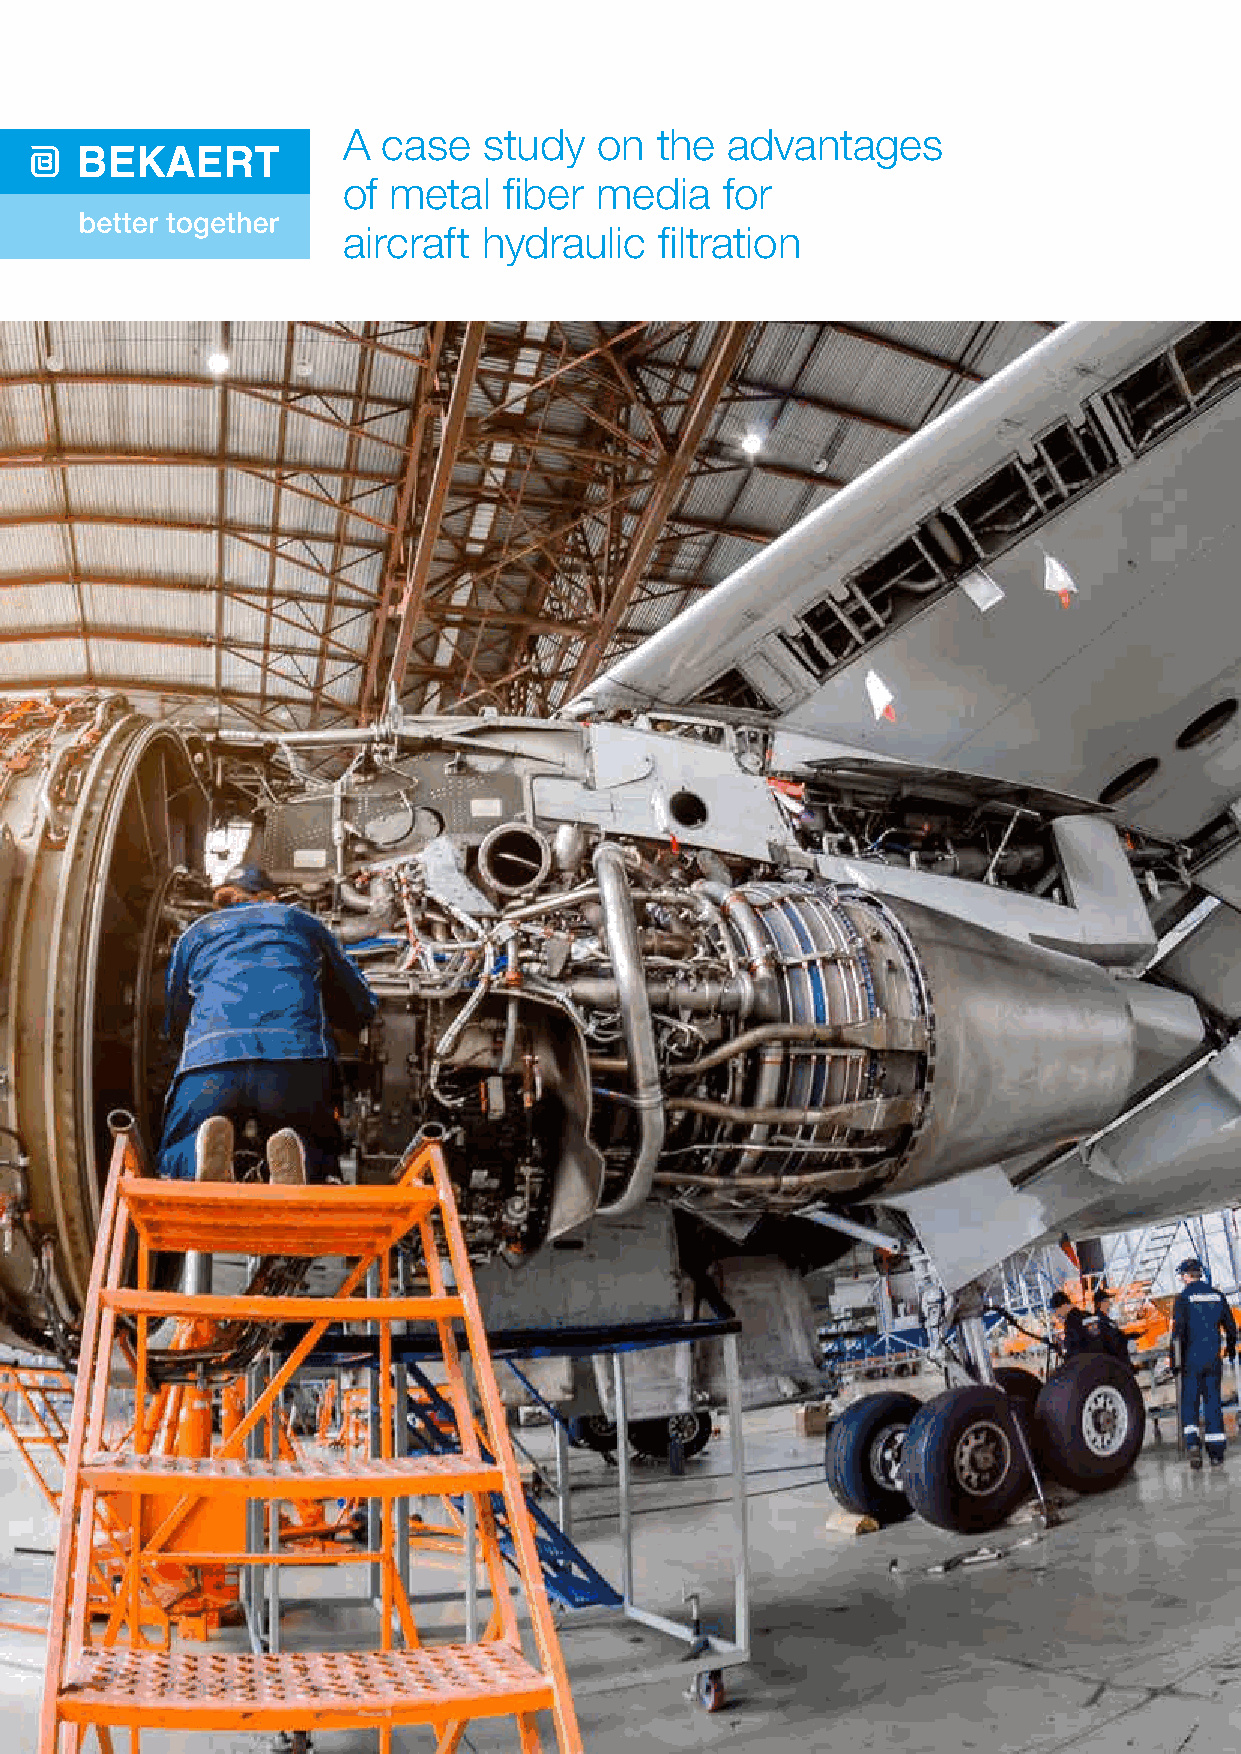
A case   study   on the  advantages
 of metal  fiber media    for
 aircraft hydraulic   filtration